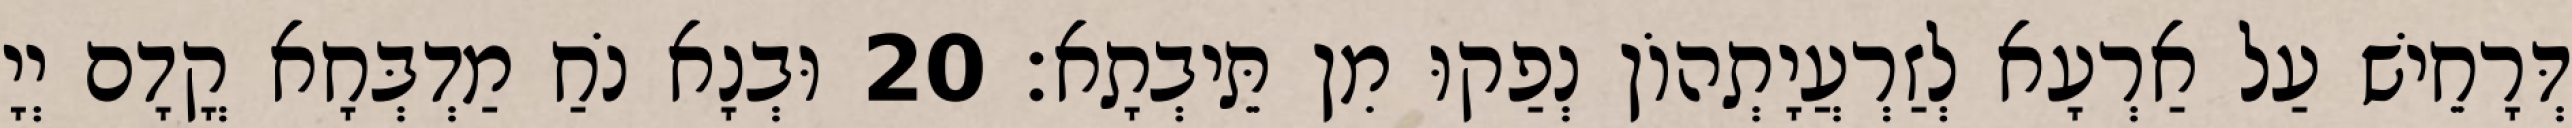
דְּרָחֵישׁ עַל אַרְעָא לְזַרְעֲיָתְהוֹן נְפַקוּ מִן תֵּיבְתָא׃ 20 וּבְנָא נֹחַ מַדְבְּחָא קֳדָם יְיָ